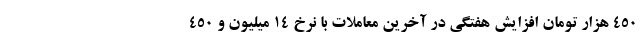
۴۵۰ هزار تومان افزایش هفتگی در آخرین معاملات با نرخ ۱۴ میلیون و ۴۵۰